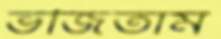
ভজিতাম